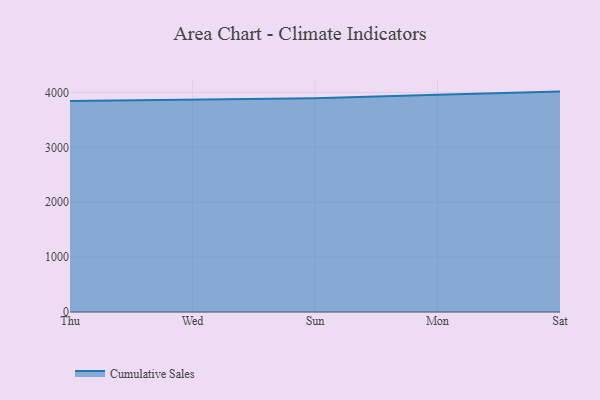
{"axis": {"x": "Day", "y": "Backlog"}, "legend": ["Cumulative Sales"], "data": [{"x": "Thu", "y": 3845.3, "type": "Cumulative Sales"}, {"x": "Wed", "y": 3871.1, "type": "Cumulative Sales"}, {"x": "Sun", "y": 3891.7, "type": "Cumulative Sales"}, {"x": "Mon", "y": 3958.6, "type": "Cumulative Sales"}, {"x": "Sat", "y": 4014.7, "type": "Cumulative Sales"}]}